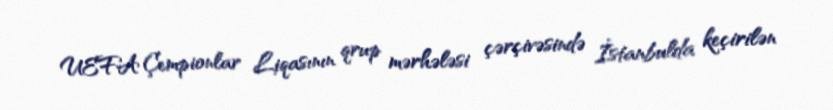
UEFA Çempionlar Liqasının qrup mərhələsi çərçivəsində İstanbulda keçirilən